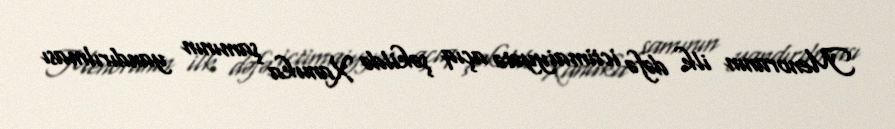
Menoranın ilk dəfə ictimaiyyətə açıq şəkildə Xanuka şamının yandırılması